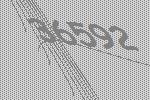
36592